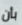
بأن